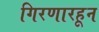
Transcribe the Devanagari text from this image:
गिरणारहून